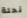
نحلة